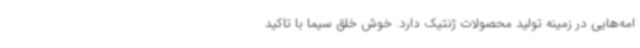
امه‌هایی در زمینه تولید محصولات ژنتیک دارد. خوش خلق سیما با تاکید